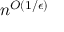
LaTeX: n ^ { O ( 1 / \epsilon ) }